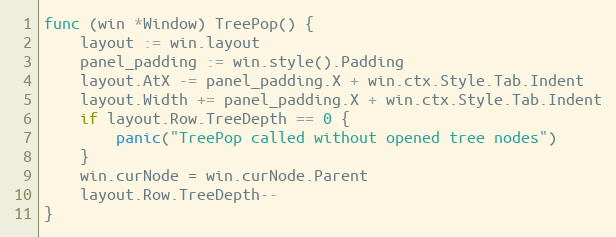
Language: Go
func (win *Window) TreePop() {
	layout := win.layout
	panel_padding := win.style().Padding
	layout.AtX -= panel_padding.X + win.ctx.Style.Tab.Indent
	layout.Width += panel_padding.X + win.ctx.Style.Tab.Indent
	if layout.Row.TreeDepth == 0 {
		panic("TreePop called without opened tree nodes")
	}
	win.curNode = win.curNode.Parent
	layout.Row.TreeDepth--
}